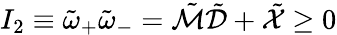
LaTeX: I_{2}\equiv\tilde{\omega}_{+}\tilde{\omega}_{-}=\tilde{\mathcal{M}}\tilde{\mathcal{D}}+\tilde{\mathcal{X}}\geq 0